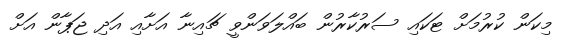
މިކަން ކުރުމަށް ޓަކައި ސަރުކާރުން ބައްލަވަންވީ ޗައިނާ އަށާއި އަދި ޖަޕާން އަށް